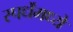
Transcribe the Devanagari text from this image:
स्पर्धेंमध्ये